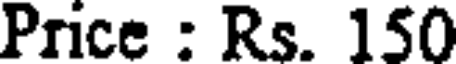
Price : Rs. 150